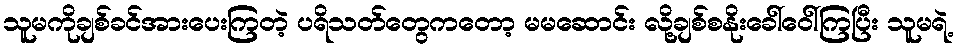
သူမကိုချစ်ခင်အားပေးကြတဲ့ ပရိသတ်တွေကတော့ မမဆောင်း လို့ချစ်စနိုးခေါ်ဝေါ်ကြပြီး သူမရဲ့